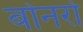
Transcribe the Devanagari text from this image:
बोनरो